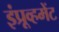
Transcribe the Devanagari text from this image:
इंप्रूव्हमेंट